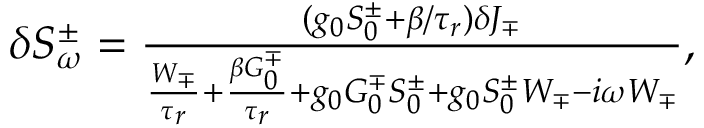
\begin{array} { r } { \delta S _ { \omega } ^ { \pm } = \frac { ( g _ { 0 } S _ { 0 } ^ { \pm } + \beta / \tau _ { r } ) \delta J _ { \mp } } { \frac { W _ { \mp } } { \tau _ { r } } + \frac { \beta G _ { 0 } ^ { \mp } } { \tau _ { r } } + g _ { 0 } G _ { 0 } ^ { \mp } S _ { 0 } ^ { \pm } + g _ { 0 } S _ { 0 } ^ { \pm } W _ { \mp } - i \omega W _ { \mp } } , } \end{array}